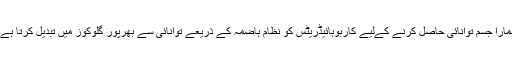
ہمارا جسم توانائی حاصل کرنے کےلیے کاربوہائیڈریٹس کو نظام ہاضمہ کے ذریعے توانائی سے بھرپور گلوکوز میں تبدیل کرتا ہے۔